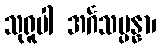
သုရူပါ အင်္ဂသမ္ပန္နာ၊